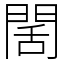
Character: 䦚